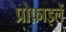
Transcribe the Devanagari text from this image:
प्रोफ़ाइलें